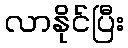
လာနိုင်ပြီး